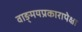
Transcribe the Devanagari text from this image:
वाङ्‌मयप्रकारापेक्षा